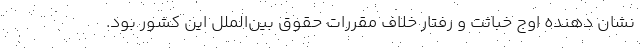
نشان دهنده اوج خباثت و رفتار خلاف مقررات حقوق بین‌الملل این کشور بود.